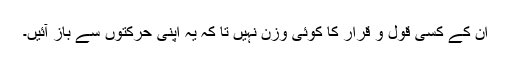
ان کے کسی قول و قرار کا کوئی وزن نہیں تا کہ یہ اپنی حرکتوں سے باز آئیں۔